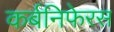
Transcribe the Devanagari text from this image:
कर्बनिफेरस